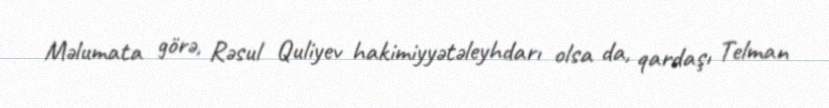
Məlumata görə, Rəsul Quliyev hakimiyyətəleyhdarı olsa da, qardaşı Telman